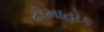
ટોમાહોક